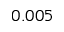
0 . 0 0 5